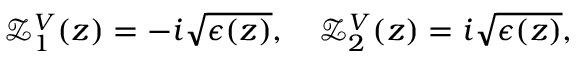
\begin{array} { r } { \mathcal { Z } _ { 1 } ^ { V } ( z ) = - i \sqrt { \epsilon ( z ) } , \quad \mathcal { Z } _ { 2 } ^ { V } ( z ) = i \sqrt { \epsilon ( z ) } , } \end{array}